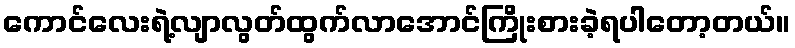
ကောင်လေးရဲ့လျာလွတ်ထွက်လာအောင်ကြိုးစားခဲ့ရပါတော့တယ်။